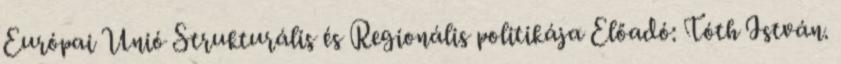
Európai Unió Strukturális és Regionális politikája Előadó: Tóth István.